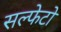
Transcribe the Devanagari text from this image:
सल्फेटो